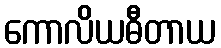
ကောလိယဓီတာယ